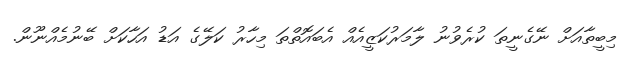
މިބީތާއަށް ނޭގެނީތަ ކުރެވުނު ލާމަރުކަޒީއެއް އެބައޮތްތަ މިހާރު ކަލޭގެ އަޑު އަހާކަށް ބޭނުމެއްނޫން.